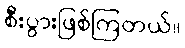
စီးပွားဖြစ်ကြတယ်။